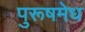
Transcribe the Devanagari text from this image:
पुरूषमेध